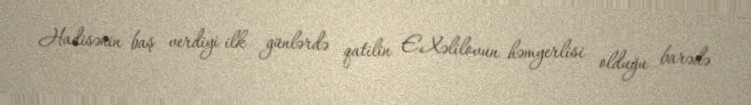
Hadisənin baş verdiyi ilk günlərdə qatilin E.Xəlilovun həmyerlisi olduğu barədə